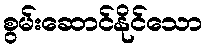
စွမ်းဆောင်နိုင်သော